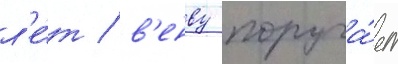
л'е́т / в'енву поруча́ет